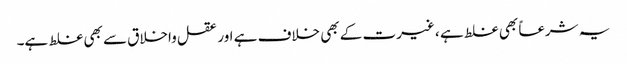
یہ شرعاً بھی غلط ہے ، غیرت کے بھی خلاف ہے اور عقل واخلاق سے بھی غلط ہے۔